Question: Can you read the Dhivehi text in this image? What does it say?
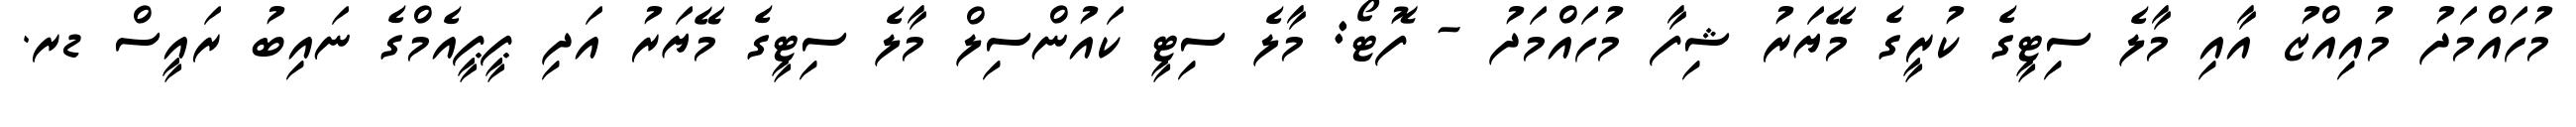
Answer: މުހައްމަދު މުއިއްޒު އާއި މާލެ ސިޓީގެ ކުރީގެ މޭޔަރު ޝިފާ މުހައްމަދު - ފޮޓޯ: މާލެ ސިޓީ ކައުންސިލް މާލެ ސިޓީގެ މޭޔަރު އަދި ޕީޕީއެމްގެ ނައިބު ރައީސް ޑރ.